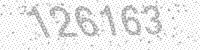
Solution: 126163